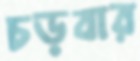
চড়বার